Annual report on the working of the mental hospitals in the Madras Presidency - 1912-1932
Year: 1912
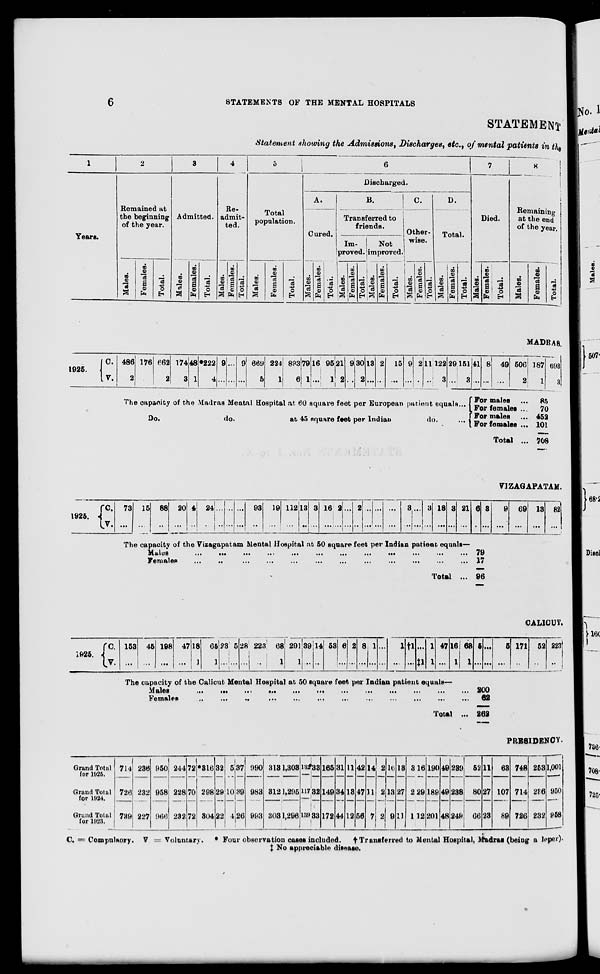
6
STATEMENTS OF THE MENTAL HOSPITALS
STATEMENT
Statement showing the Admissions, Discharges, etc., of mental patients in the
1
Years.
2
Remained at
the beginning
of the year.
Males.
Females.
Total.
3
Admitted.
Males.
Females.
Total.
4
Re-
admit-
ted.
Males.
Females.
Total.
5
Total
population.
Males.
Females.
Total.
6
Discharged.
A.
Cured.
Males.
Females.
Total.
B.
Transferred to
friends.
Im-
proved.
Males.
Females.
Total.
Not
improved.
Males.
Females.
Total.
C.
Other-
wise.
Males.
Females.
Total.
D.
Total.
Males.
Females.
Total.
7
Died.
Males.
Females.
Total.
8
Remaining
at the end
of the year.
Males.
Females.
Total.
MADRAS.
1925.
C.
V.
486
2
176
...
662
2
174
3
48
1
*222
4
9
...
...
...
9
...
669
5
224
1
893
6
79
1
16
...
95
1
21
2
9
...
30
2
13
...
2
...
15
...
9
...
2
...
11
...
122
3
29
...
151
3
41
...
8
...
49
...
506
2
187
1
693
3
The capacity of the Madras Mental Hospital at 60 square feet per European patient equals ...
Do.
do.
at 45 square feet per Indian
do.
For males ...
For females ...
For males
For females ...
Total ...
85
70
452
101
708
V1ZAGAPATAM.
1925. C.
V.
73
...
15
...
88
...
20 4
...
24
...
...
...
...
...
...
...
93
...
19
...
112
...
13
...
3
...
16
...
2
...
...
...
2
...
...
...
...
...
...
...
3
...
...
...
3
...
18
...
3
...
21
...
6
...
3
...
9
...
69
...
13
...
82
...
The capacity of the Vizagapatam Mental Hospital at 50 square feet per Indian patient equals—
Males
...
...
...
...
...
...
...
...
...
...
...
...
Females ... ... ... ... ... ... ... ... ... ... ... ...
Total ...
79
17
96
CALICUT.
1925. C.
V.
153
...
45
...
198
...
47
...
18
1
65
1
23
...
5
...
28
...
223
...
68
1
291
1
39
...
14
...
53
...
6
...
2
...
8
...
1
...
...
...
1
...
†1
...
...
‡1
1
1
47
...
16
1
63
1
5
...
...
...
5
...
171
...
52
...
223
...
The capacity of the Calicut Mental Hospital at 50 square feet per Indian patient equals—
Males
...
...
...
...
...
...
...
...
...
...
...
...
Females ... ... ... ... ... ... ... ... ... ... ... ...
Total ...
200
62
262
Grand Total
for 1925.
Grand Total
for 1924.
Grand Total
for 1923.
714
726
739
236
232
227
950
958
966
244
228
232
72
70
72
*316
298
304
32
29
22
5
10
4
37
39
26
990
983
993
313
312
303
1,303
1,295
1,296
132
117
139
33
32
33
165
149
172
31
34
44
11
13
12
42
47
56
14
11
7
2
2
2
16
13
9
13
27
11
3
2
1
PRESIDENCY.
16
29
12
190
189
201
49
49
48
239
238
249
52
80
66
11
27
23
63
107
89
748
714
726
258
236
232
1,001
950
958
C. = Compulsory. V = Voluntary. * Four observation cases included, † Transferred to Mental Hospital, Madras (being a loper).
‡ No appreciable disease.